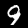
Label: 9